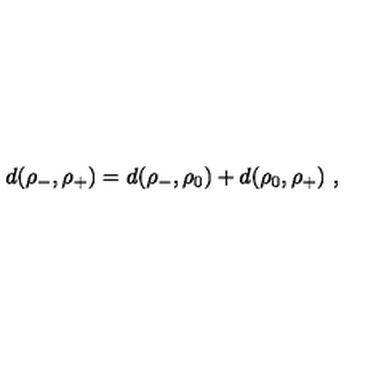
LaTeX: d ( \rho _ { - } , \rho _ { + } ) = d ( \rho _ { - } , \rho _ { 0 } ) + d ( \rho _ { 0 } , \rho _ { + } ) \ ,